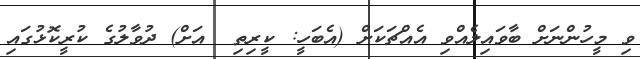
ވި މީހުންނަށް ބާވައިލެއްވި އެއްޗަކަށް (އެބަހީ: ކީރިތި  އަށް) ދުވާލުގެ ކުރީކޮޅުގައި